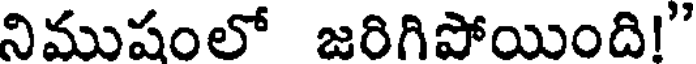
నిముషంలో జరిగిపోయింది!"